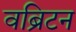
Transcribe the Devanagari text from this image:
वब्रिटन